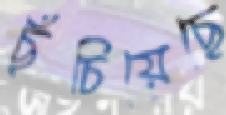
ছুঁচিয়েছে